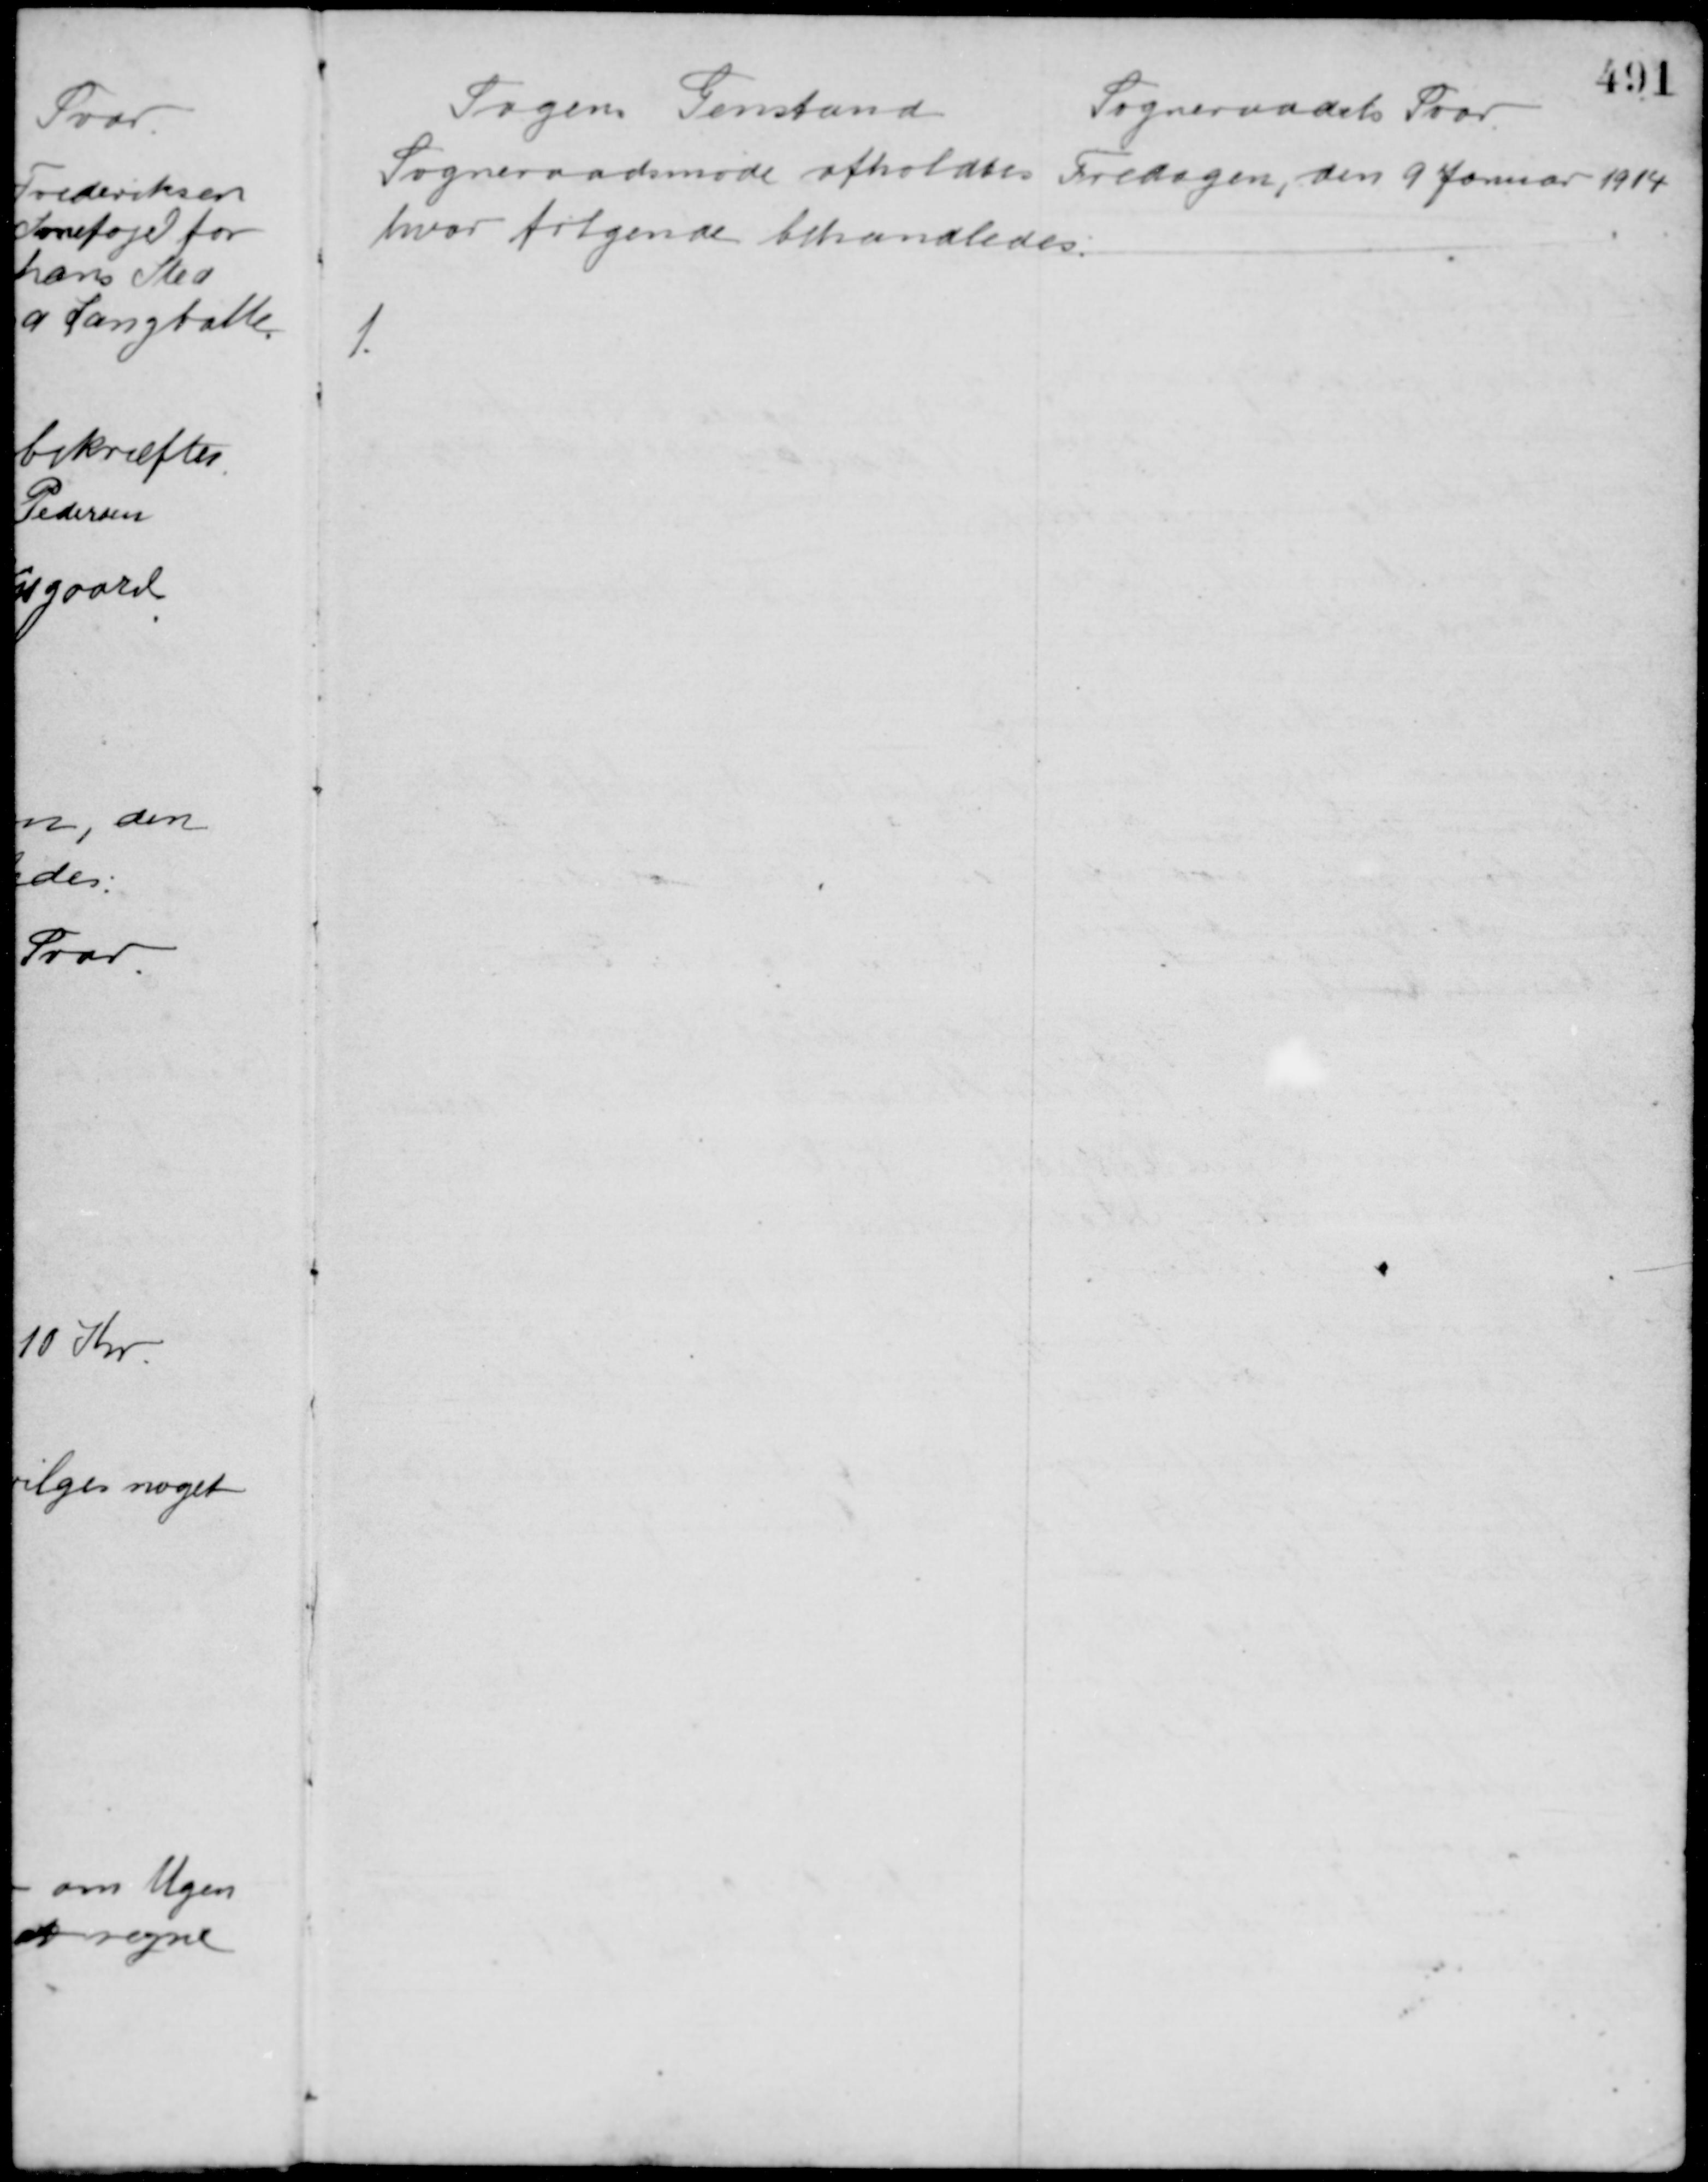
Transskription:
Sagens Genstand
Sogneraadets Svar
Sogneraadsmøde afholdtes Fredagen, den 9 Januar 1914
hvor følgende behandledes:
1.